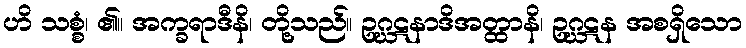
ဟိ သစ္စံ၊ ၏။ အက္ခရာဒီနိ၊ တို့သည်။ ဥဂ္ဃဋနာဒိအတ္ထာနိ၊ ဥဂ္ဃဋန အစရှိသော